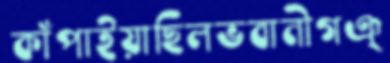
কাঁপাইয়াছিলভবানীগঞ্